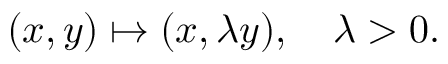
( x , y ) \mapsto ( x , \lambda y ) , \quad \lambda > 0 .